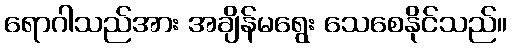
ရောဂါသည်အား အချိန်မရွေး သေစေနိုင်သည်။